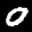
Label: 0